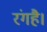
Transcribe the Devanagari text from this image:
रंगहै।